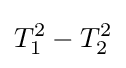
T_{1}^{2}-T_{2}^{2}